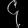
Digit: ၄